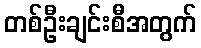
တစ်ဦးချင်းစီအတွက်